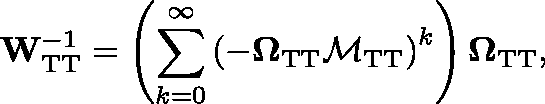
\mathbf { W } _ { \mathrm { T T } } ^ { - 1 } = \left( \sum _ { k = 0 } ^ { \infty } \left( - \mathbf { \Omega } _ { \mathrm { T T } } \mathbf { \mathcal { M } } _ { \mathrm { T T } } \right) ^ { k } \right) \mathbf { \Omega } _ { \mathrm { T T } } ,